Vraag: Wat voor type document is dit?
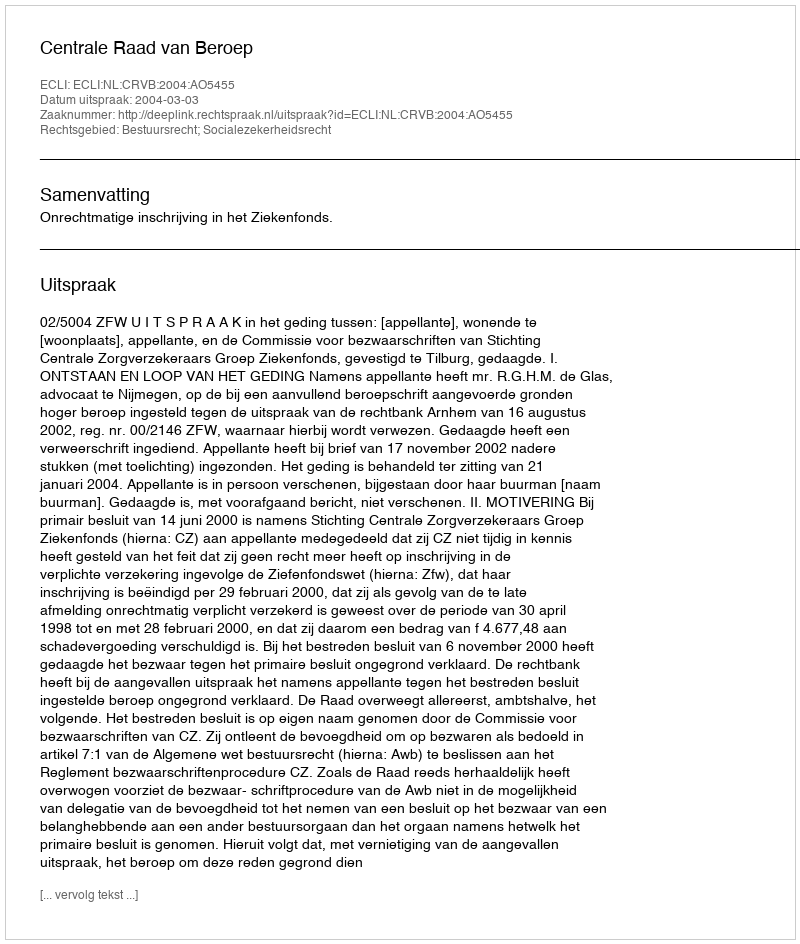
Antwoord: Uitspraak